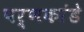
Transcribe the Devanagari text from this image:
पर्णकांडे